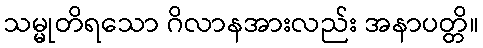
သမ္မုတိရသော ဂိလာနအားလည်း အနာပတ္တိ။